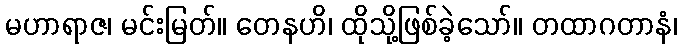
မဟာရာဇ၊ မင်းမြတ်။ တေနဟိ၊ ထိုသို့ဖြစ်ခဲ့သော်။ တထာဂတာနံ၊